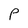
Character: P